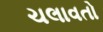
ચલાવતો